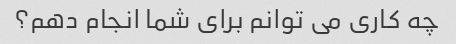
چه کاری می توانم برای شما انجام دهم؟